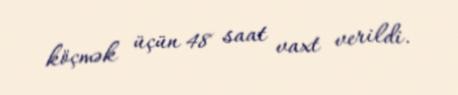
köçmək üçün 48 saat vaxt verildi.